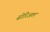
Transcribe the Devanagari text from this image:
सोरिअल